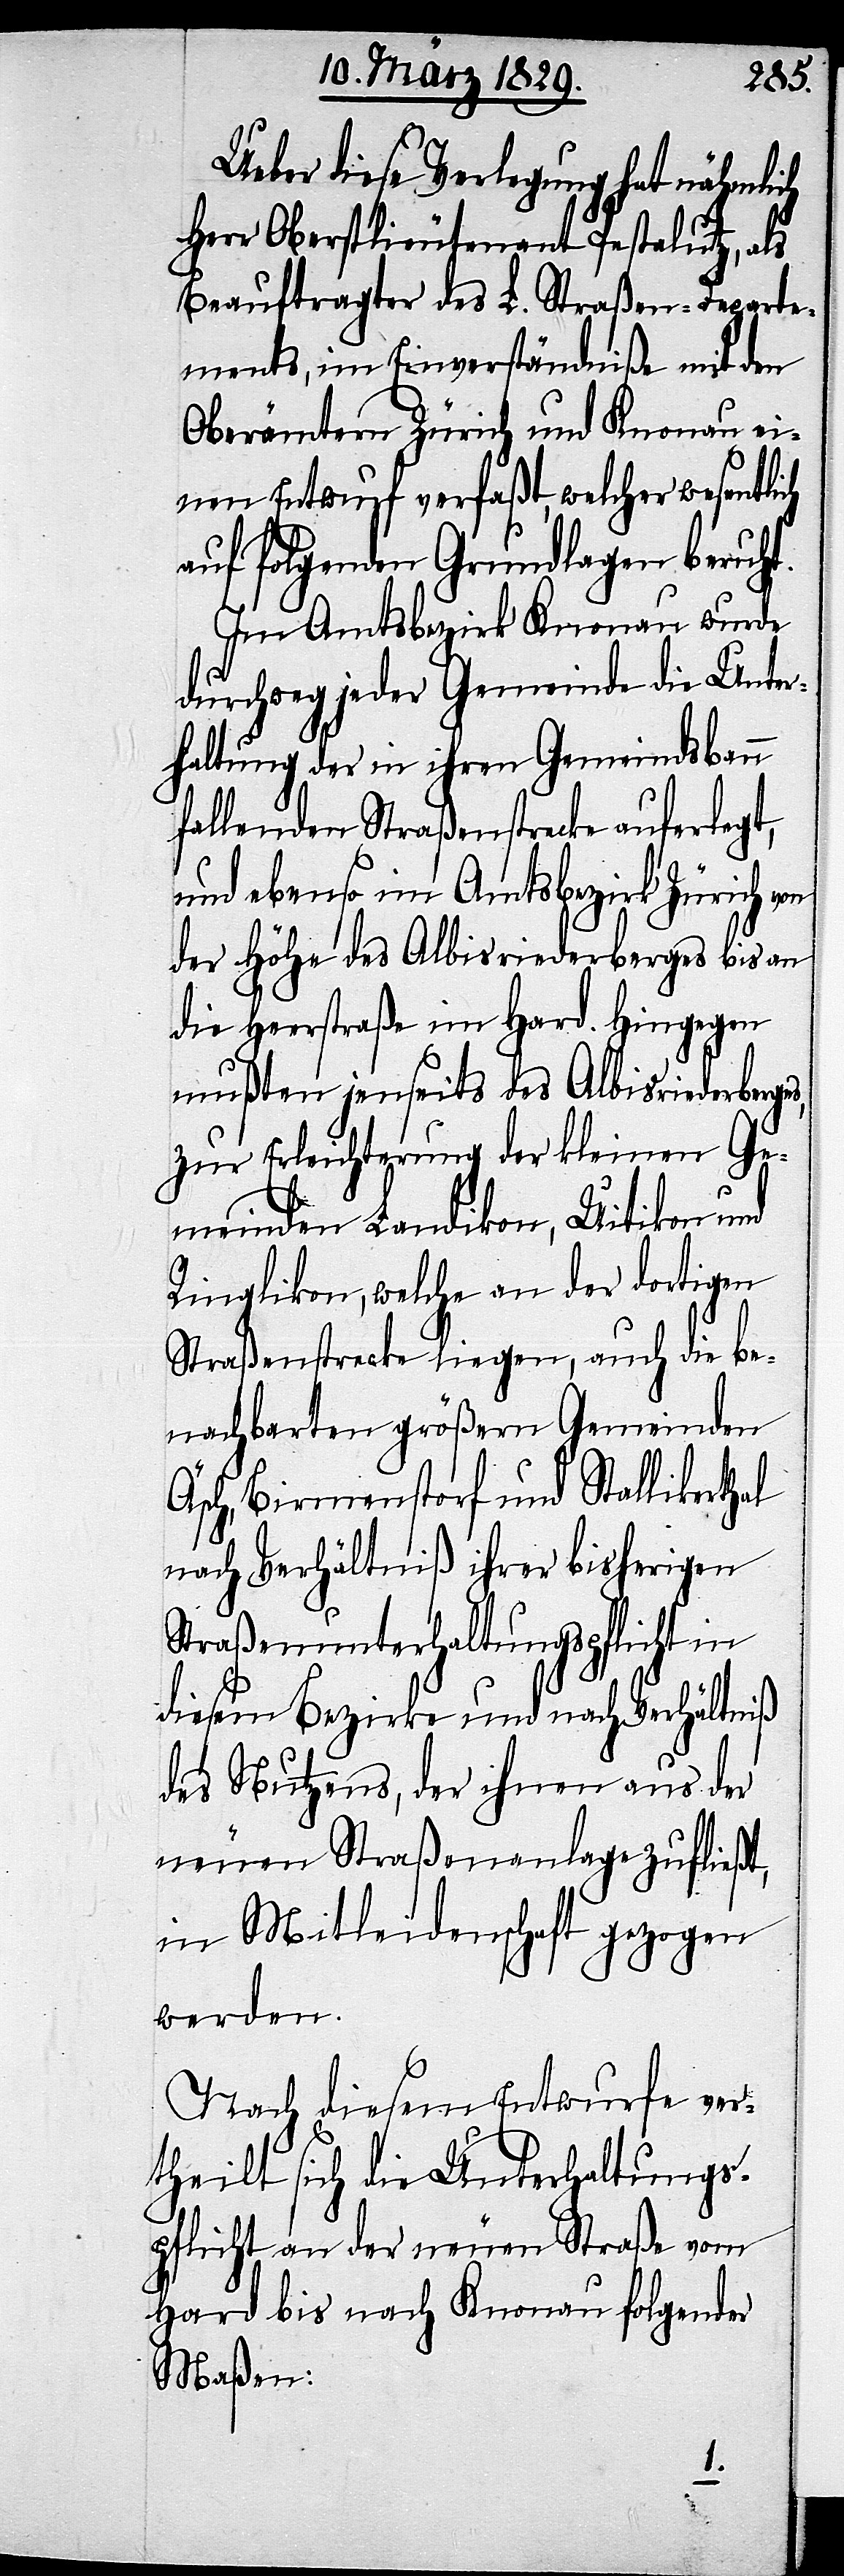
Ueber diese Verlegung hat nähmlich
Herr Oberstlieutenant Pestalutz, als
Beauftragter des L. Straßen-Departe¬
ments, im Einverständniße mit den
Oberämtern Zürich und Knonau ei¬
nen Entwurf verfaßt, welcher wesentlich
auf folgenden Grundlagen beruht.
Im Amtsbezirks Knonau wurde
durchweg jeder Gemeinde die Unter¬
haltung der in ihren Gemeindsbann
fallenden Straßenstrecke auferlegt,
und ebenso im Amtsbezirk Zürich von
der Höhe des Albisriederberges bis an
die Heerstraße im Hard. Hingegen
mußten jenseits des Albisriederberges,
zur Erleichterung der kleinen Ge¬
meinden Landikon, Uitikon und
Ringlikon, welche an der dortigen
Straßenstrecke liegen, auch die be¬
nachbarten größern Gemeinden
Äsch, Birmenstorf und Stallikerthal
nach Verhältniß ihrer bisherigen
Straßenunterhaltungspflicht in
diesem Bezirke und nach Verhältniß
des Nutzens, der ihnen aus der
neuen Straßenanlage zufließt,
in Mitleidenschaft gezogen
werden.
Nach diesem Entwurfe ver¬
theilt sich die Unterhaltungs¬
pflicht an der neuen Straße vom
Hard bis nach Knonau folgender
Maßen: